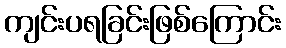
ကျင်းပရခြင်းဖြစ်ကြောင်း